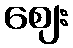
ဈေး